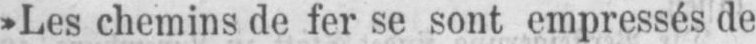
»Les chemins de fer se sont empressés de